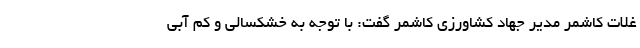
غلات کاشمر مدیر جهاد کشاورزی کاشمر گفت: با توجه به خشکسالی و کم آبی